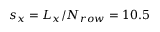
s _ { x } = L _ { x } / N _ { r o w } = 1 0 . 5